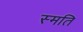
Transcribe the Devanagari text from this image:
स्मति